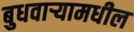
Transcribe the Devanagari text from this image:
बुधवार्‍यामधील